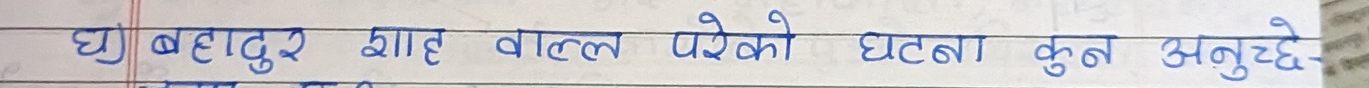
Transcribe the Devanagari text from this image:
घु बहादुर शाह बाहल परेको घटना कुन अनुदेदे